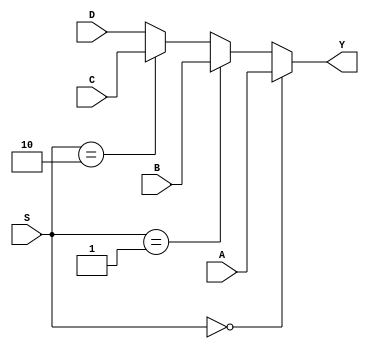
module fourByOneMux(A, B, C, D, S, Y);
	input [3:0] A, B, C, D;
	input [1:0] S;
	output [3:0] Y;
	
	
	assign Y = (S == 2'd0) ? A : ((S == 2'd1) ? B : ((S == 2'd2) ? C : D));
endmodule